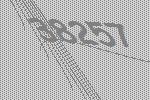
38257